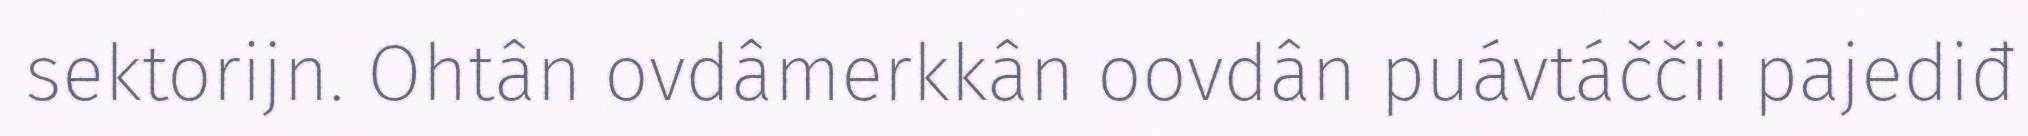
sektorijn. Ohtân ovdâmerkkân oovdân puávtáččii pajediđ